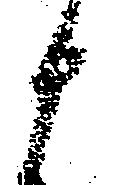
と